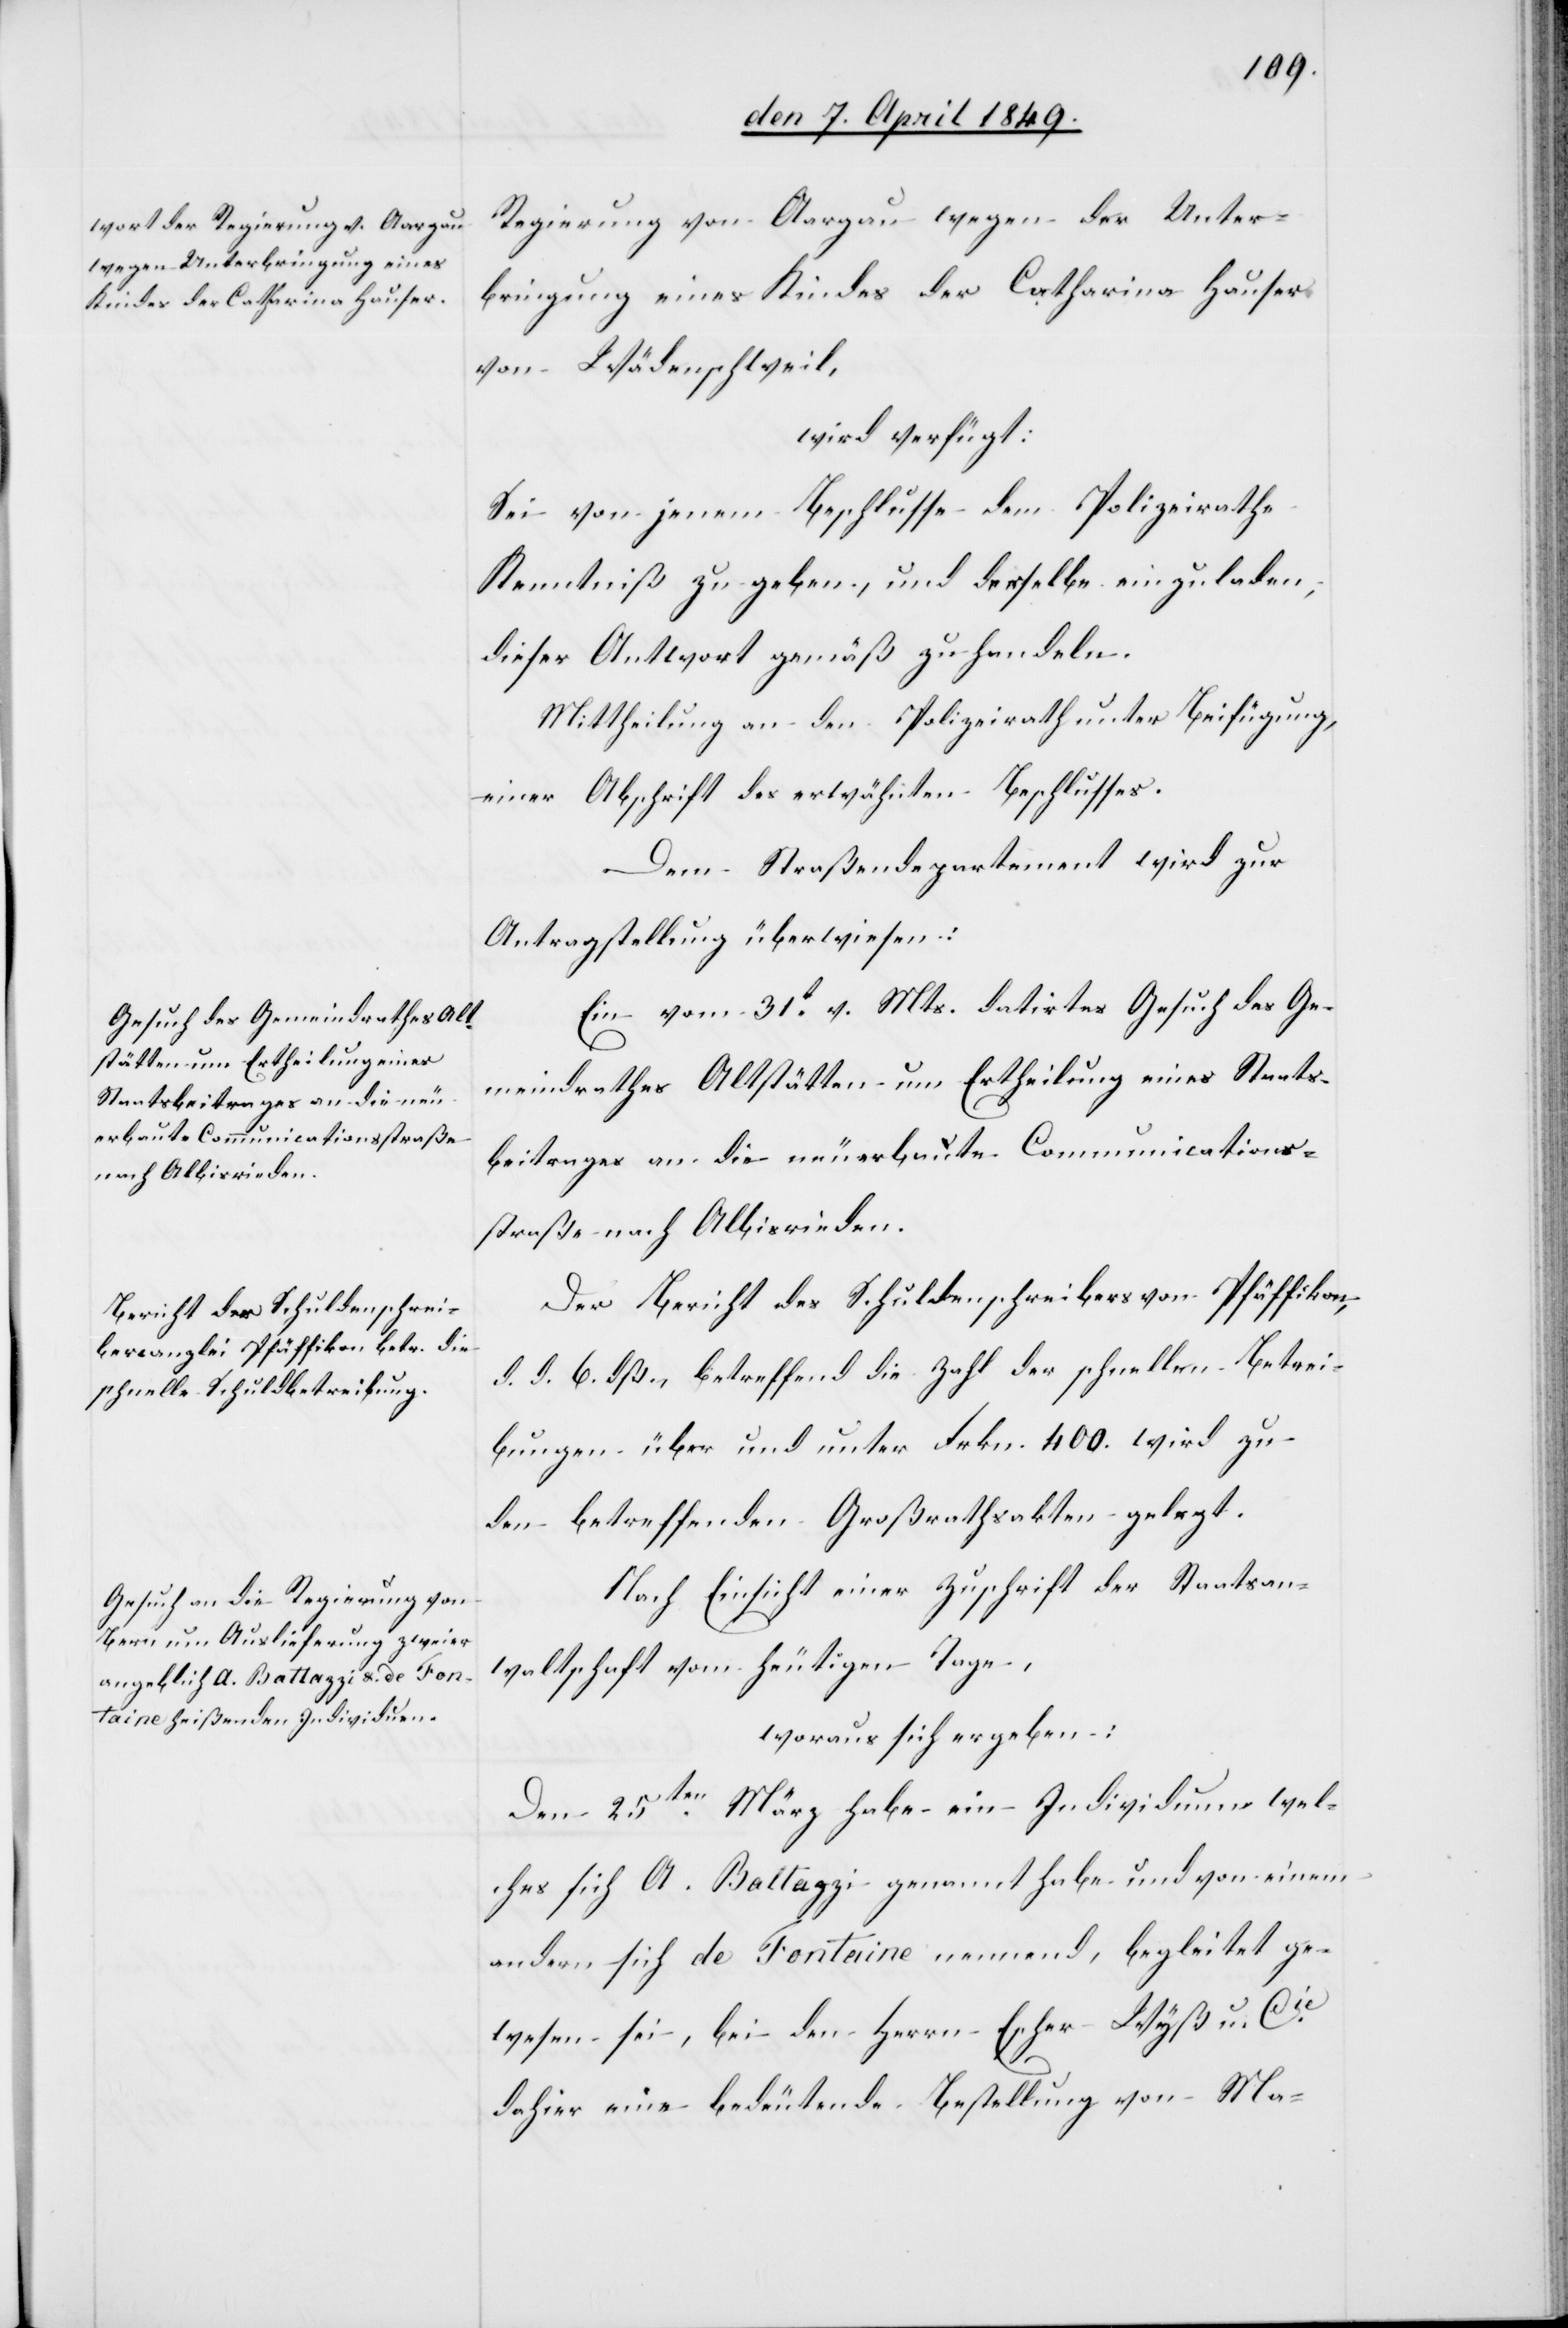
den 9. April 1849.]
Regierung von Aargau wegen der Unter¬
bringung eines Kindes der Catharina Hauser
von Wädenschweil,
wird verfügt:
Sei von jenem Beschlusse dem Polizeirathe
Kenntniß zu geben, und derselbe einzuladen,
dieser Antwort gemäß zu handeln.
Mittheilung an den Polizeirath unter Beifügung,
einer Abschrift des erwähnten Beschlusses.
Dem Straßendepartement wird zur
Antragstellung überwiesen:
Ein vom 31t v. Mts. datirtes Gesuch des Ge¬
meindrathes Altstätten um Ertheilung eines Staats¬
beitrages an die neuerbaute Communications¬
straße nach Albisrieden.
Der Bericht des Schuldenschreibers von Pfäffikon,
d. d. 6. dß, betreffend die Zahl der schnellen Betrei¬
bungen über und unter Frkn. 400. wird zu
den betreffenden Großrathsakten gelegt.
Nach Einsicht einer Zuschrift der Staatsan¬
waltschaft vom heutigen Tage,
woraus sich ergeben:
Den 25ten März habe ein Individiuum, wel¬
ches sich A. Battazzi genannt habe und von einem
andern sich de Fontaine nennend, begleitet ge¬
wesen sei, bei den Herrn Escher-Wyß u. Cie
dahier eine bedeutende Bestellung von Ma-